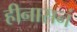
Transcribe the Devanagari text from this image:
हीनासनं